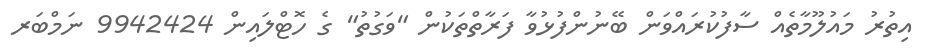
އިތުރު މައުލޫމާތެއް ސާފުކުރައްވަން ބޭނުންފުޅުވާ ފަރާތްތަކުން "ވަގުތު" ގެ ހޮޓްލައިން 9942424 ނަމްބަރ